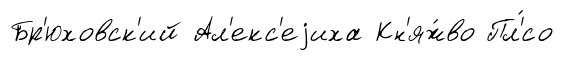
Бр'юховск'ий Ал'екс'еjиха Кн'яж́во Пл'́со